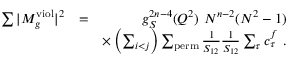
\begin{array} { r l r } { \sum \vert M _ { g } ^ { \mathrm { v i o l } } \vert ^ { 2 } } & { = } & { g _ { S } ^ { 2 n - 4 } ( Q ^ { 2 } ) ~ N ^ { n - 2 } ( N ^ { 2 } - 1 ) } \\ & { } & { \times \left( \sum _ { i < j } \right) \sum _ { \mathrm { p e r m } } \frac { 1 } { S _ { 1 2 } } \frac { 1 } { S _ { 1 2 } } \sum _ { \tau } c _ { \tau } ^ { f } ~ . } \end{array}